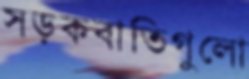
সড়কবাতিগুলো